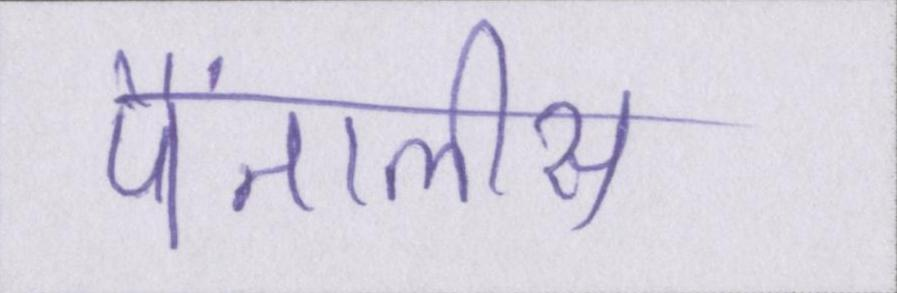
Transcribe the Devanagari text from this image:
पैंतालीस